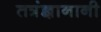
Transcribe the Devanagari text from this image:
तत्रंज्ञानानी